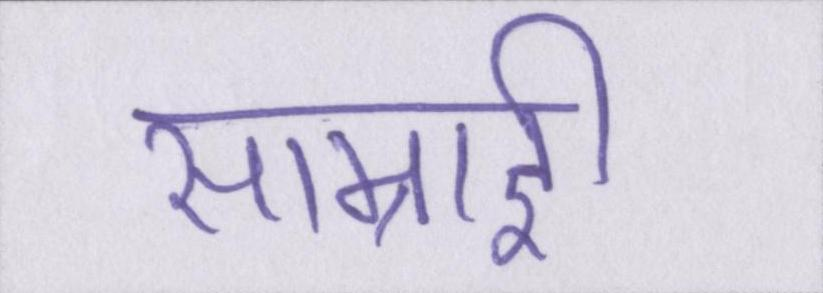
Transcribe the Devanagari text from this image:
साम्राज्ञी